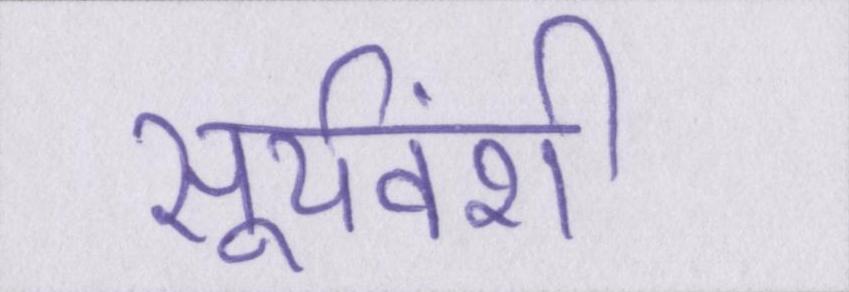
सूर्यवंशी